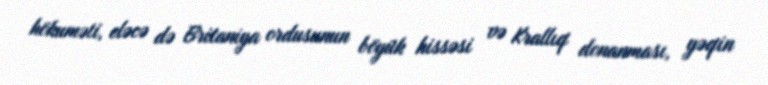
hökuməti, eləcə də Britaniya ordusunun böyük hissəsi və Krallıq donanması, yəqin